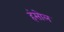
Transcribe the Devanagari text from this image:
हंसोल